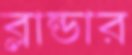
ব্লান্ডার